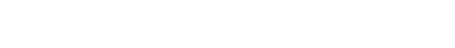
ဘုရားရှင်ကြွတော်မမူလိုသော အဂ္ဂသာဝသ ၂-ပါးကို ကြွချီ တော်မူစေကြောင်း၊